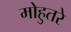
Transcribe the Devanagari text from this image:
मोहुतरे